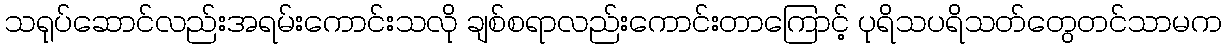
သရုပ်ဆောင်လည်းအရမ်းကောင်းသလို ချစ်စရာလည်းကောင်းတာကြောင့် ပုရိသပရိသတ်တွေတင်သာမက